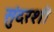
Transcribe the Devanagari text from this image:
सुंदरशी